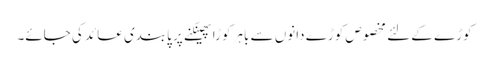
کوڑے کے لئے مخصوص کوڑے دانوں سے باہر کوڑا پھینکنے پر پابندی عائد کی جائے۔